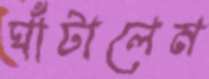
ঘাঁটালেম